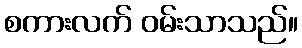
စကားလက် ဝမ်းသာသည်။